Plague in India, 1896, 1897 - Volume 2
Year: 1896
Disease focus: Plague
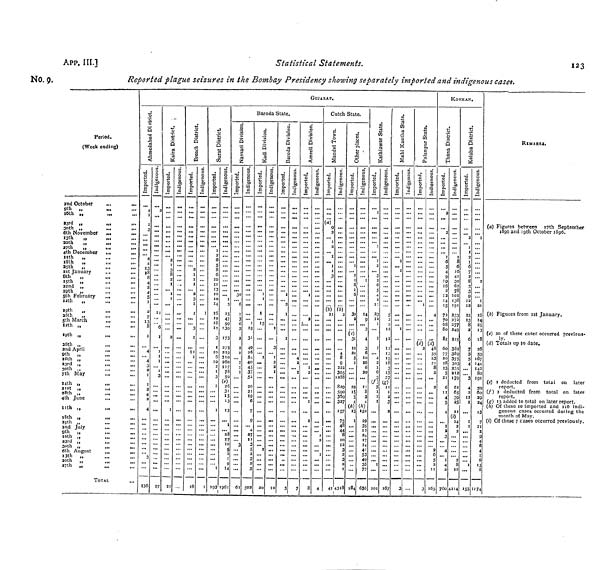
App. III.]
Statistical Statements.
Reported plague seizures in the Bombay Presidency showing separately imported and indigenous cases.
123
No. 9,
Period.
(Week ending)
and October
,,.
».
9th „
...
loth „
,„
33rd „
,„
...
3oth ,,
...
,,.
6th November
...
...
J3th
„
,,.
soth
„
,„
37th
„
...
,..
4th December
,,.
...
nth
„
i8th
„
„.
...
3Sth
„
...
...
ist January
,..
...
8th
„
I5th „
32nd „
...
29th „
5th February
...
...
»2th
„
»9th
„
aGth
„
5th March
...
»2th „
«9th „
36th „
...
...
9th „
»6th .,
33rd ,,
,.,
.
30th ,,
7th May
,.,
...
»4th „
3ISt
„
...
28th „
4th June
,,,
.„
I'th i,
..i
...
i8th „
,„
3Sth „
and July
...
...
5 th »
i6th „
33rd ,,
3oth „
...
...
6th August
...
...
1 3th „
37th „
TOTAI.
GUJARAT.
"0
*c
5
-ö
a
.0
ri
•a u
a
<
•o
t-l
o
p*
¿5
j
_
¿
¿
i:
18
8
4
A
i
7
13
8
i
4
3
2
I
I
2
4
2
4
•••
3
136
0
B
op
•5 a
U
6
j
i
I
3
...
27
*î
u
1
3
ci M
'S
iá
TÍ
O
PL,
í
I
I
...
...
22
a
o a
M
' •3
B
...
...
4¿
*U.
0
1 »
!
CU
I
I
„
1
3
t f
'
...
...
...
1
...
18
a
o
B
.ta
•3 c
j
...
...
'"
...
...
...
...
...
t
*i
'S
5
ri
h
3
W
•O
ä
g.
g
6
6
IO
il
o
o
6
S
g
3
I
...
...
I
193
3
0
C
.2?
•5
J3
47
99
130
73
So
(e)
31
28
j
M
961
Baroda State.
a
_o
'>
5
t*
Ci
>
ri
Z
•a
1
ex.
J
30
6
6
...
•••
• ••
t..
•••
...
6l
a
o
B
u
.£f
•a
j:
i
25
20
4 O
S2
fi
p
3
3
502
C
O
'?
5
1
¡¿
-O u
M
o
CU
I
1
I
IS
"'
• «>
...
...
•••
...
*
...
20
3
O
C
u
.£?
c
i
*"
...
...
•••
...
...
...
*
10
c
o
5
n
•a
0
ra
03
T3
S
O
a,
B
'
j
*
...
...
...
...
...
...
""*
...
.1.
'*
S
3
O
C
. M
•5 c
t..
...
...
1
...
...
...
...
...
-..
...
...
...
7
c
.2°>
3
is
<
•a
-M
o
a
E
...
2
1
...
...
...
...
"
...
...
8
3
C
u
.£?
•3
C
...
***
...
...
...
»i
...
.*.
...
...
...
...
...
...
4
Cutch State.
à
o
H
'S •tí
a rt
S
•à
"g
Cu
E
(a)
' '
(6)
*
• >•
...
• (•
• ••
...
>•*
**•
*
• ••
• t.
• ••
• ••
...
41
3
es
a
.S?
T3
C
'
(ô)
4 g
1288
,9? n
35g
327
157
75
/iS
<I4
H
1
3
I
43l8
S
ä a.
1 '
O
•à
t-,
o
CU
I
fi
fi
3o
J
'
(c)
31
10
22
*>*
i5
5
À
(*)
13
j
...
...
...
...
...
*
...
184
a
0
3
.ËP
•5
E
I
14
n
3
4
3
6
16
6
s
3
4
W
«52
29
12
CO
4P
OC
77
656
v
rt
CO
g
1
¡e
"ri
W
•O
¿i
o
cu
£
2
6
4
23
13
I
I
I
*"
2
I
g
3
(/)
I
I
1
**
• *.
***
...
***
.*•
*""
...
101
i
.1
-3
B1
2
12
II
3
18
3
27
(ff)
2
3
"
...
...
167
u
s
tn
ri
.c
c
rt
M
5
ri
S
•o
14
O
CU
I
...
...
...
...
...
...
...
3
3
3 tu
to
' •5
B
...
...
...
• •*
• *4
• «*
...
•*'
• •»
0
s
OT
14
3
CU
C
_ri
"n
CU
u
1-1
o
G.
J
('0
2
3
3
O
c
W
•3 c
4
(rf)
48
35
8
"
...
*
...
...
6
5
ii
165
KONKAN.
•4-t
5
ri
1
H
T3
U
K.
O
CH
E
6
4
9
19
16
2
12
M
IS
72
70
68
So
82
60
77
28
23
21
4
5
•t
*"
2
...
I
2
7<3o
3
O
c
OB
' •3
C
8
6
16
41
30
62
78
101
138 391
233
272
277
249
21S
302
389
235
179
6c
39
35
II
(0
...
""
...
...
8
12
4214
D
cd
;S
3
faä
T3
U
O
CU
2
I
6
i
12
12
12
13
8
6
7
c
•*
"n
¡i
i
•«.
...
...
ISS
o
B
üf
•3
B
'"2
I
21
16
14
25
i;
18
26
59
142
191
60
29
24
13
S
6
6
U 74
REMARK«.
(i) Figures from ist January,
(c) 20 of these cases occurred previous-
'y.
(rf) Totals up to date.
(e) i deducted from total on later
report.
(g~) 13 added to total on later report.
(A) Of these lo imported and 116 indi-
month of May.